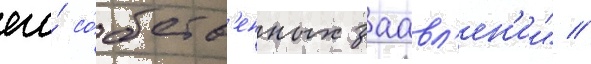
его́ со́бств'енных заавл'ен'ии" //